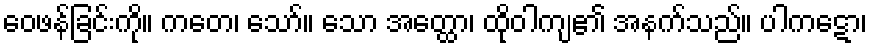
ဝေဖန်ခြင်းကို။ ကတေ၊ သော်။ သော အတ္ထော၊ ထိုဝါကျ၏ အနက်သည်။ ပါကဋော၊